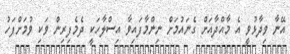
އޭނާ ވިދާޅުވީ އެ މާއްދާއަށް ގެނައުމަށް ނިންމާފައިވާ އިސްލާހަކީ ދެމެފިރިން ވަކި ވުމަށްފަހު